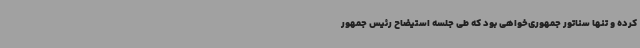
کرده و تنها سناتور جمهوری‌خواهی بود که طی جلسه استیضاح رئیس جمهور